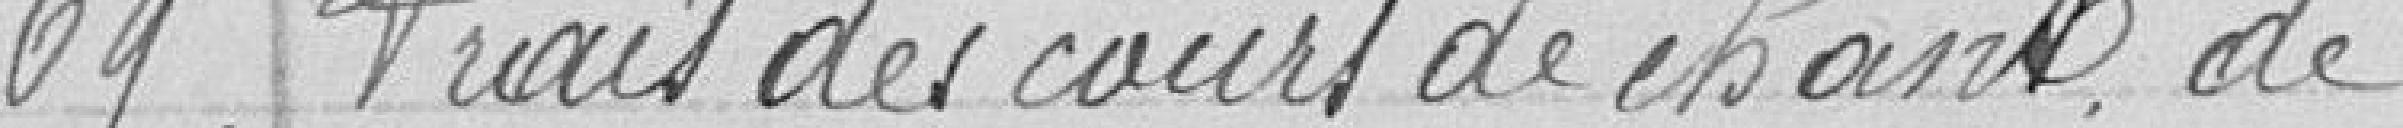
69 Frais des cours de chant, de